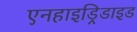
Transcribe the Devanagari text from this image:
एनहाइड्रिडाइड